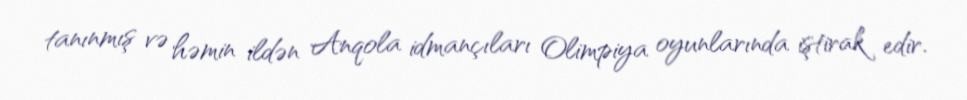
tanınmış və həmin ildən Anqola idmançıları Olimpiya oyunlarında iştirak edir.